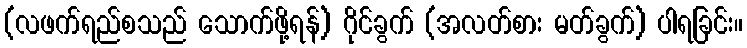
(လဖက်ရည်စသည် သောက်ဖို့ရန်) ဂိုင်ခွက် (အလတ်စား မတ်ခွက်) ပါရခြင်း။